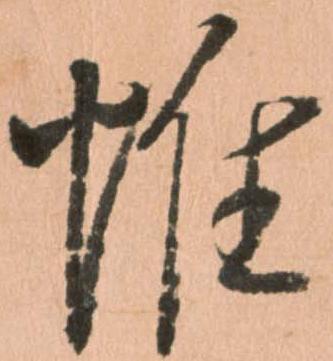
帷